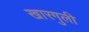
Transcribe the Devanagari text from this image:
खारगुली